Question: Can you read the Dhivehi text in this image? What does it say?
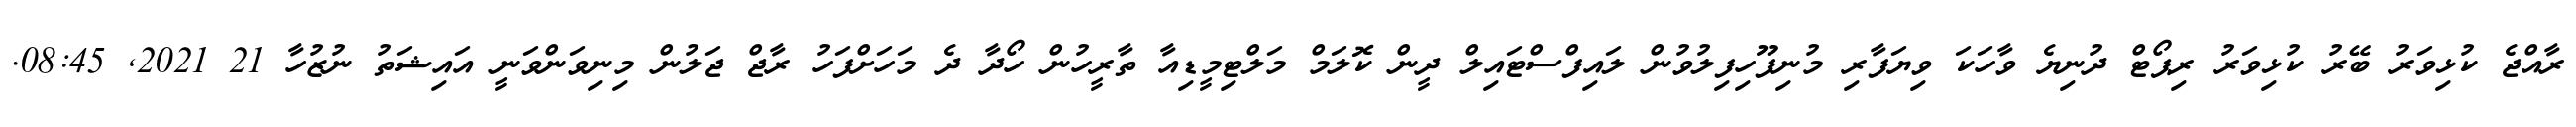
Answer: ރާއްޖެ ކުޅިވަރު ބޭރު ކުޅިވަރު ރިޕޯޓް ދުނިޔެ ވާހަކަ ވިޔަފާރި މުނިފޫހިފިލުވުން ލައިފްސްޓައިލް ދީން ކޮލަމް މަލްޓިމީޑިއާ ތާރީހުން ހޯދާ ދެ މަހަށްފަހު ރާޖް ޖަލުން މިނިވަންވަނީ އައިޝަތު ނުޒުހާ 21 2021, 08:45.